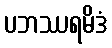
ပဘဿရမိဒံ